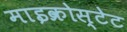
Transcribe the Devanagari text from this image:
माइक्रोस्टेट